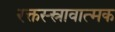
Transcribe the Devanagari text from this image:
रक्तस्स्रावात्मक